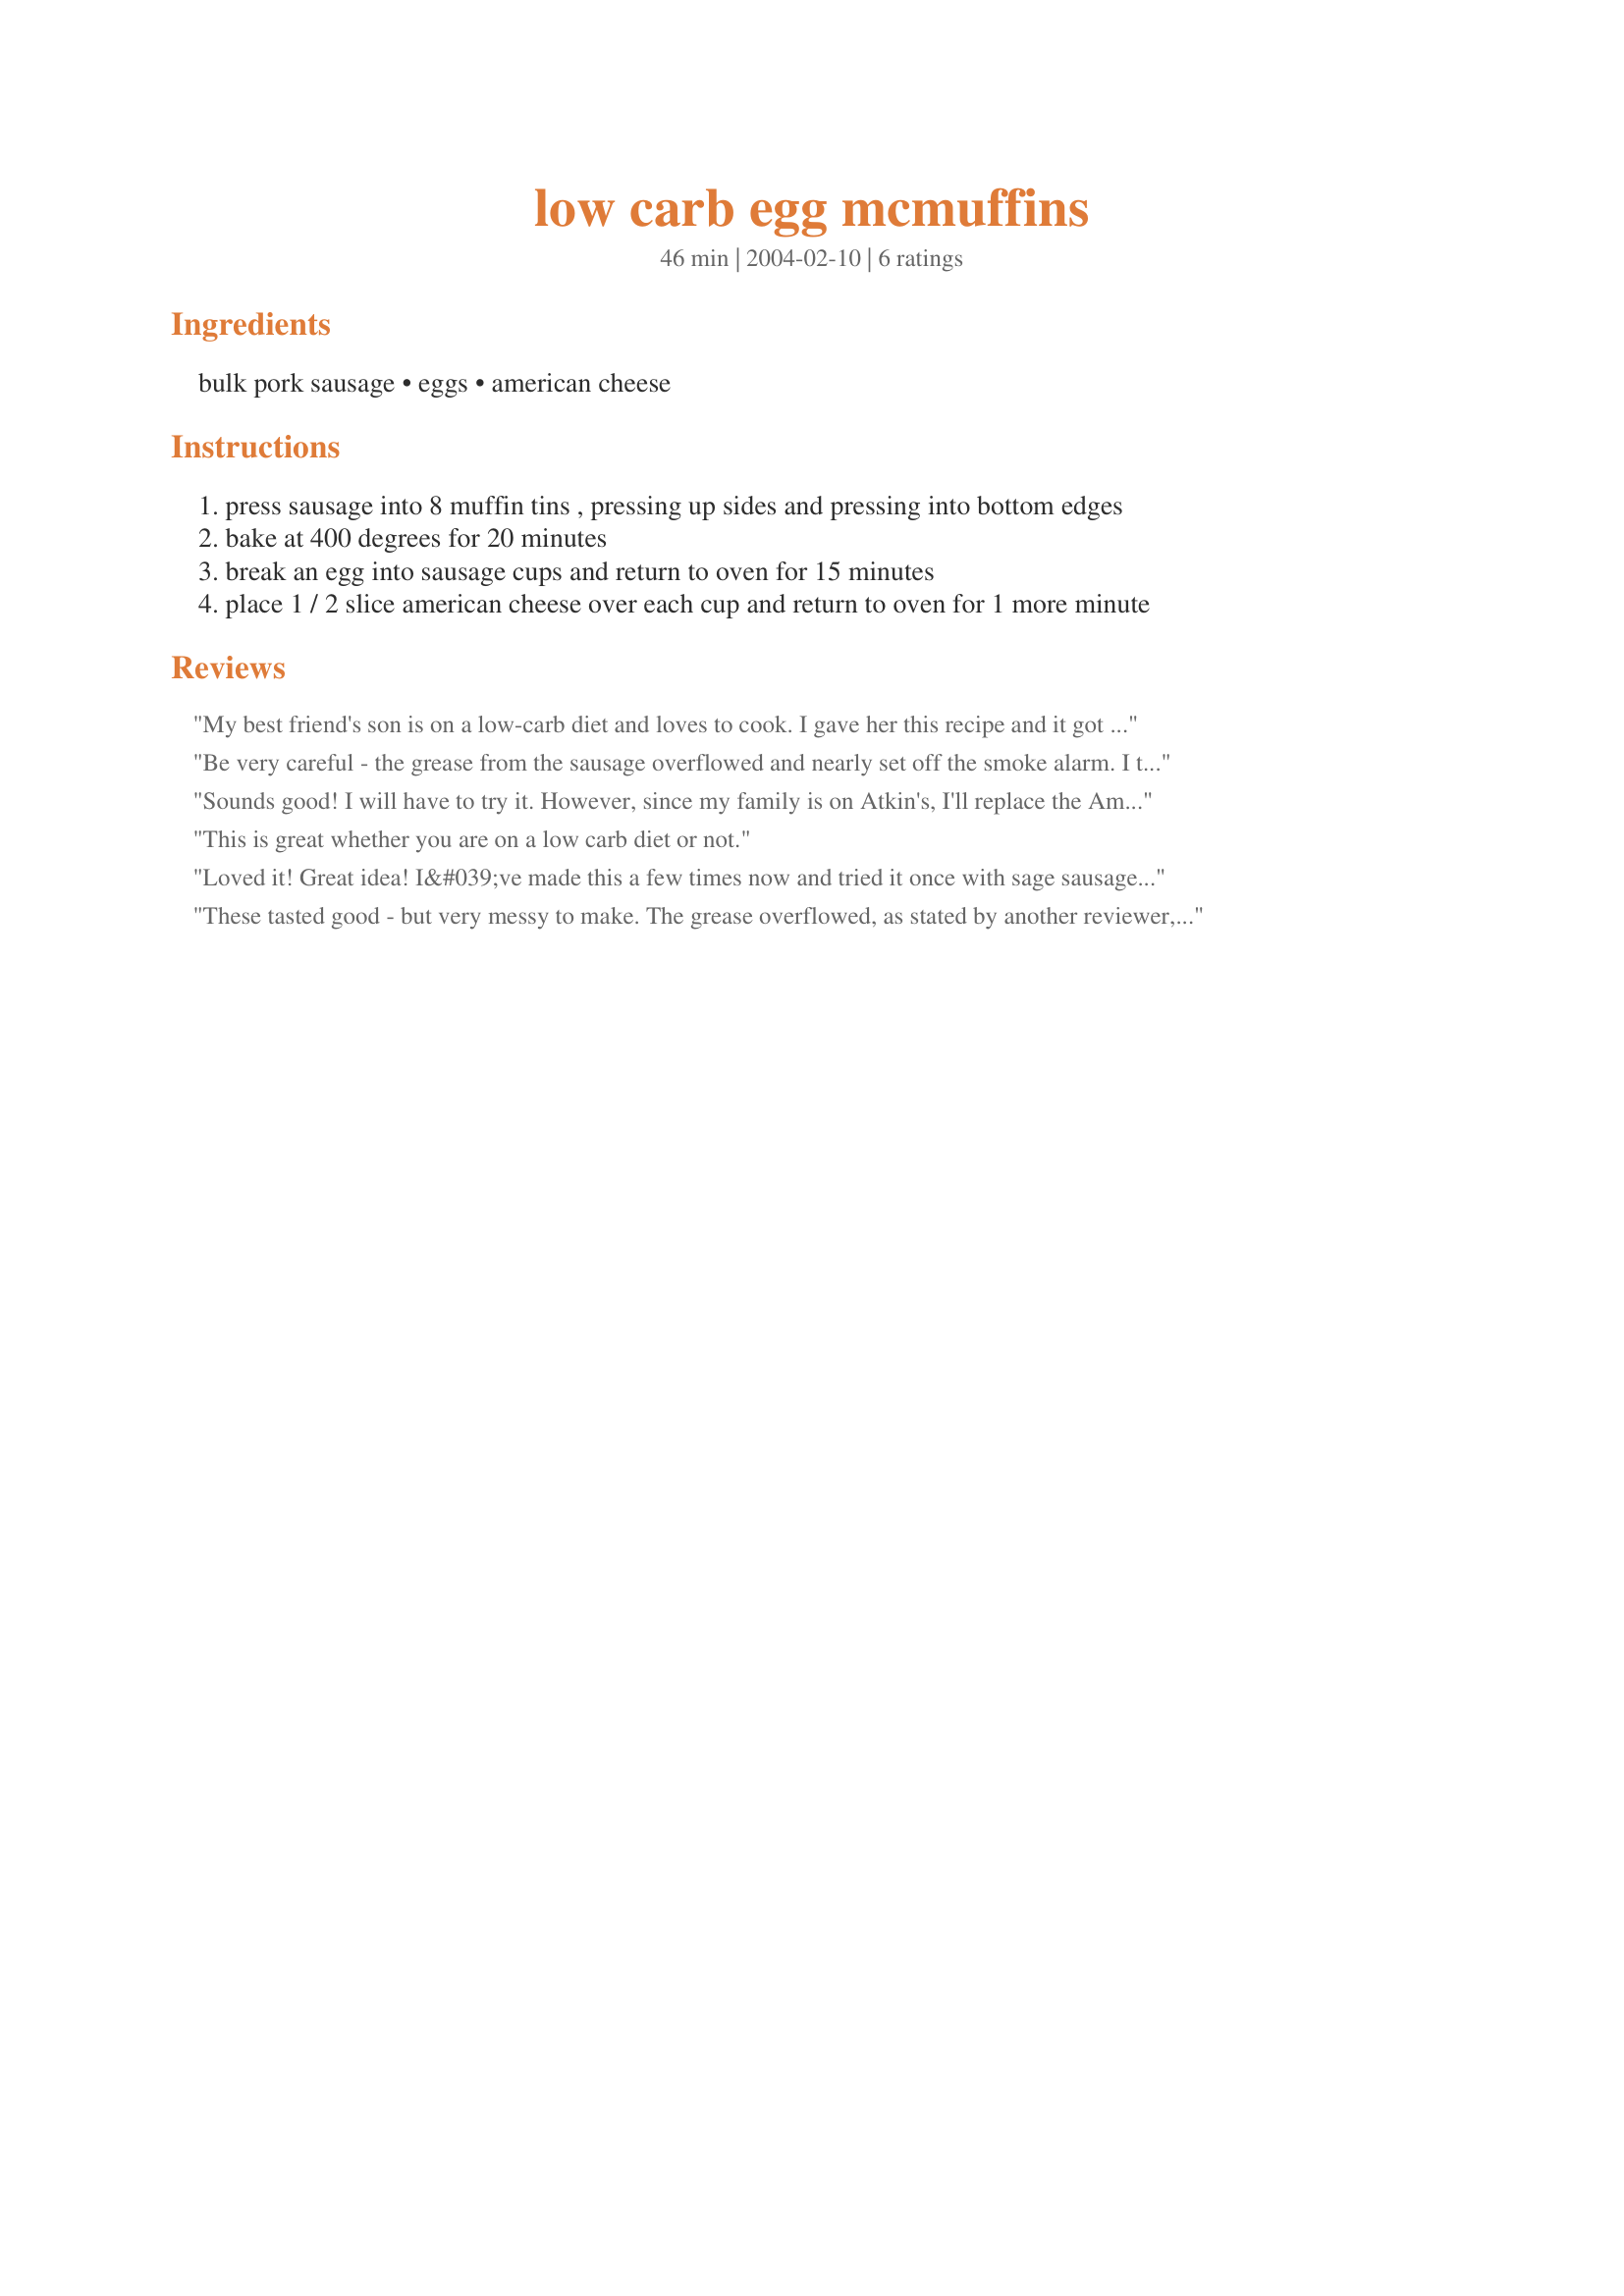
low carb egg mcmuffins
Preparation time: 46 minutes

Ingredients:
bulk pork sausage, eggs, american cheese

Steps:
press sausage into 8 muffin tins , pressing up sides and pressing into bottom edges
bake at 400 degrees for 20 minutes
break an egg into sausage cups and return to oven for 15 minutes
place 1 / 2 slice american cheese over each cup and return to oven for 1 more minute

Reviews:
My best friend's son is on a low-carb diet and loves to cook. I gave her this recipe and it got 5 stars at their house. Thanks for an easy low-carb recipe!
Be very careful - the grease from the sausage overflowed and nearly set off the smoke alarm. I turned the temp down to 350, increased the cooking time and "mopped" the grease out of each cup with a papertowel. Other than that, the end result is great and there were very easy to make.
Sounds good! I will have to try it. However, since my family is on Atkin's, I'll replace the American cheese for Cheddar or Jack. In addition, mine will be made with my own home made pork sausage which contains no sugars. I can't wait to try it.
This is great whether you are on a low carb diet or not.
Loved it! Great idea! I&#039;ve made this a few times now and tried it once with sage sausage! Yum!
These tasted good - but very messy to make. The grease overflowed, as stated by another reviewer, and the sausage shrank inwards, leaving no room for the egg. Maybe I did something wrong, but I won't be making these again - I have to go scrub my muffin tin now.
